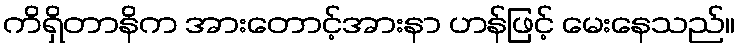
ကိရှိတာနိက အားတောင့်အားနာ ဟန်ဖြင့် မေးနေသည်။